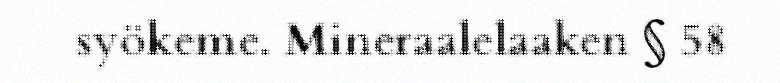
syökeme. Mineraalelaaken § 58